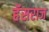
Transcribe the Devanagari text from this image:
हॅसराज